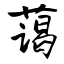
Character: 蔼